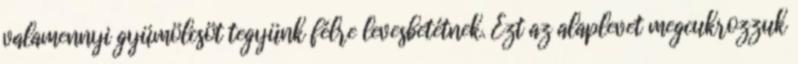
valamennyi gyümölcsöt tegyünk félre levesbetétnek. Ezt az alaplevet megcukrozzuk